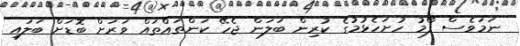
ނަމަވެސް ފޯމު ހުށަހެޅުމުގެ ކުރިން ބަލަން ޖެހޭ ކަންތައްތައް ވަރަށް ބޮޑަށް ބަލައި